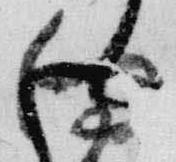
向